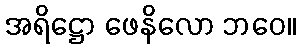
အရိဋ္ဌော ဖေနိလော ဘဝေ။